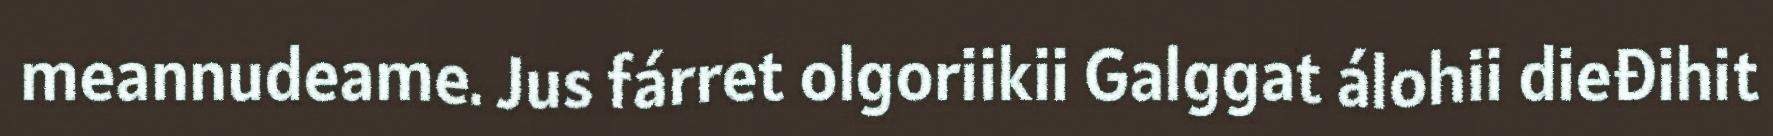
meannudeame. Jus fárret olgoriikii Galggat álohii dieđihit